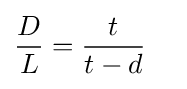
{\frac {D}{L}}={\frac {t}{t-d}}\quad